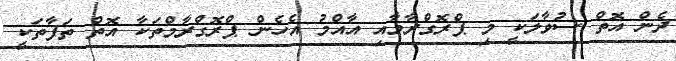
ދެން އޮތް ސުވާލަކީ މި ޕްރޮގްރާމާއި އާއްމު އެހެން ޕްރޮގްރާމްތަކާ އޮތް ތަފާތަކީ